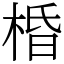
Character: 棔